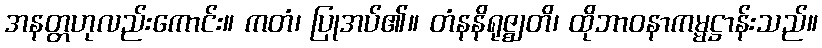
အနတ္တဟုလည်းကောင်း။ ကတံ၊ ပြုအပ်၏။ တံနနိရုဇ္ဈတိ၊ ထိုဘာဝနာကမ္မဋ္ဌာန်းသည်။